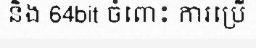
និង 64bit ចំពោះ ការប្រើ